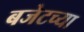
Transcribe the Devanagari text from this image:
बजेटच्या